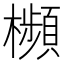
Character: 㰋